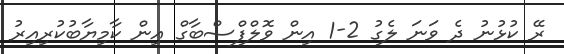
ރޭ ކުޅުނު ދެ ވަނަ ލެގު 2-1 އިން ވޮލްފްސްބާގް އިން ކާމިޔާބުކުރިއިރު